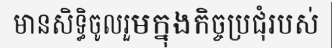
មានសិទ្ធិចូលរួមក្នុងកិច្ចប្រជុំរបស់